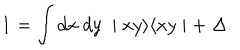
LaTeX: { \textbf 1 } = \int d x \; d y \; \mid x y \rangle \langle x y \mid + \; \Delta .